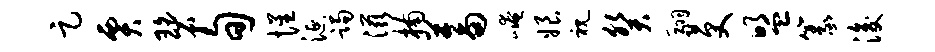
足贾碧旬惺涎躅滋楠蓄崦娘视癸翮更盟篆浚